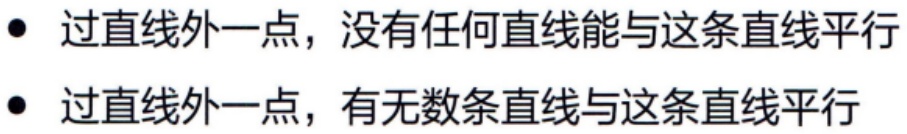
- 过直线外一点，没有任何直线能与这条直线平行

- 过直线外一点，有无数条直线与这条直线平行